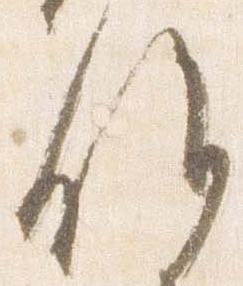
候